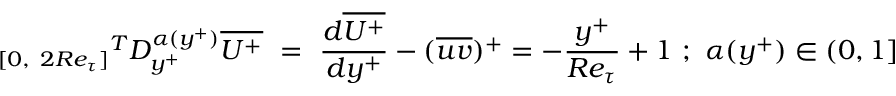
{ _ { [ 0 , ~ 2 R e _ { \tau } ] } } ^ { T } D _ { y ^ { + } } ^ { \alpha ( y ^ { + } ) } \overline { { U ^ { + } } } ~ = ~ \frac { d \overline { { U ^ { + } } } } { d y ^ { + } } - ( \overline { { u v } } ) ^ { + } = - { \frac { y ^ { + } } { R e _ { \tau } } } + 1 ~ ; ~ \alpha ( y ^ { + } ) \in ( 0 , 1 ]